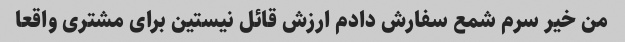
من خیر سرم شمع سفارش دادم ارزش قائل نیستین برای مشتری واقعا